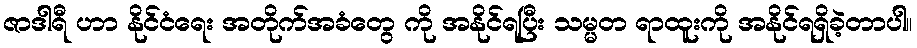
ဇာဒါရီ ဟာ နိုင်ငံရေး အတိုက်အခံတွေ ကို အနိုင်ရပြီး သမ္မတ ရာထူးကို အနိုင်ရရှိခဲ့တာပါ။